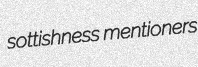
sottishness mentioners